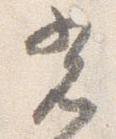
光